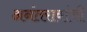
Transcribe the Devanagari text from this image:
अनंतरावांची